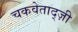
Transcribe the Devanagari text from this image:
चकवेताद्ज़ी